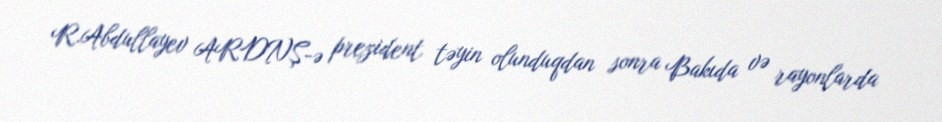
R.Abdullayev ARDNŞ-ə prezident təyin olunduqdan sonra Bakıda və rayonlarda